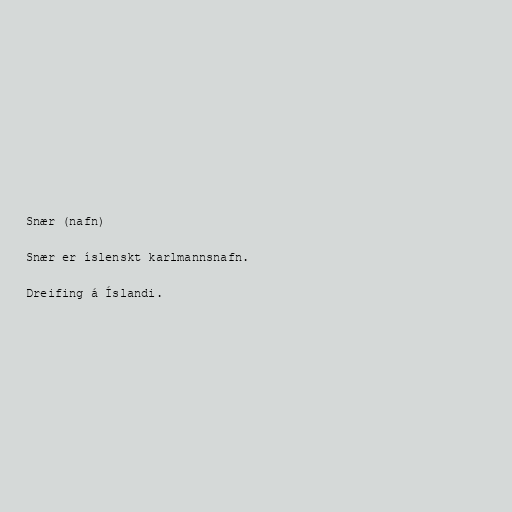
Snær (nafn)

Snær er íslenskt karlmannsnafn.

Dreifing á Íslandi.